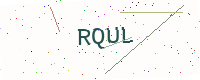
Text: RQUL